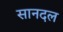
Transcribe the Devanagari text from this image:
सानदल